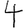
Digit: 4